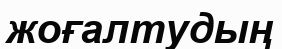
жоғалтудың